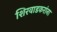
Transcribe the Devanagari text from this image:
शिरवाडकरांना